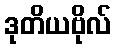
ဒုတိယဗိုလ်